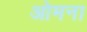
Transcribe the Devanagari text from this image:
ओमना